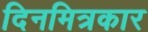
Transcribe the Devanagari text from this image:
दिनमित्रकार